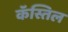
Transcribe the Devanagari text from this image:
कॅस्तिल